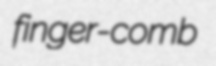
finger-comb